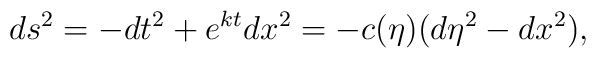
ds^{2}=-dt^{2}+e^{kt} dx^{2}=-c(\eta)(d\eta^{2}-dx^{2}),